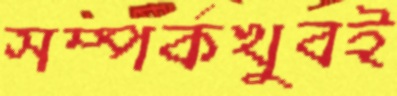
সম্পর্কখুবই